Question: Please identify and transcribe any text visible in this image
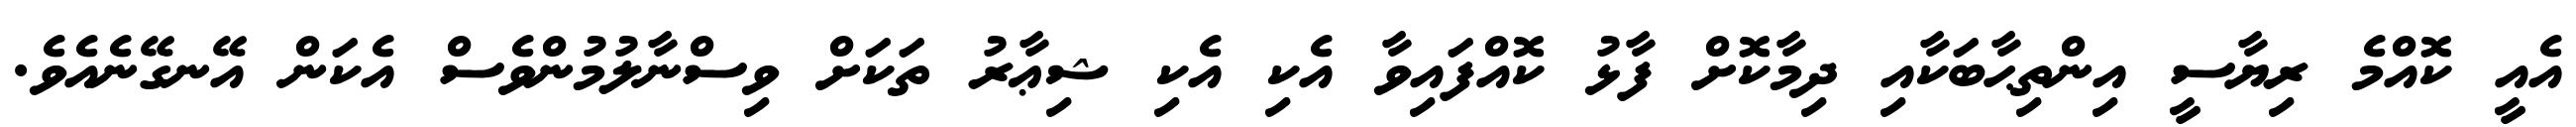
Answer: އެއީ ކޮއްމެ ރިޔާސީ އިންތިޙާބަކާއި ދިމާކޮށް ފާޅު ކޮއްފައިވާ އެކި އެކި ޝިޢާރު ތަކަށް ވިސްނާލުމުންވެސް އެކަން އޭނގޭނެއެވެ.